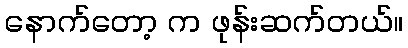
နောက်တော့ က ဖုန်းဆက်တယ်။